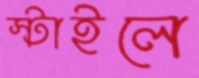
স্টাইলে